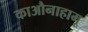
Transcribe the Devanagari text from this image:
काऔनाहामू